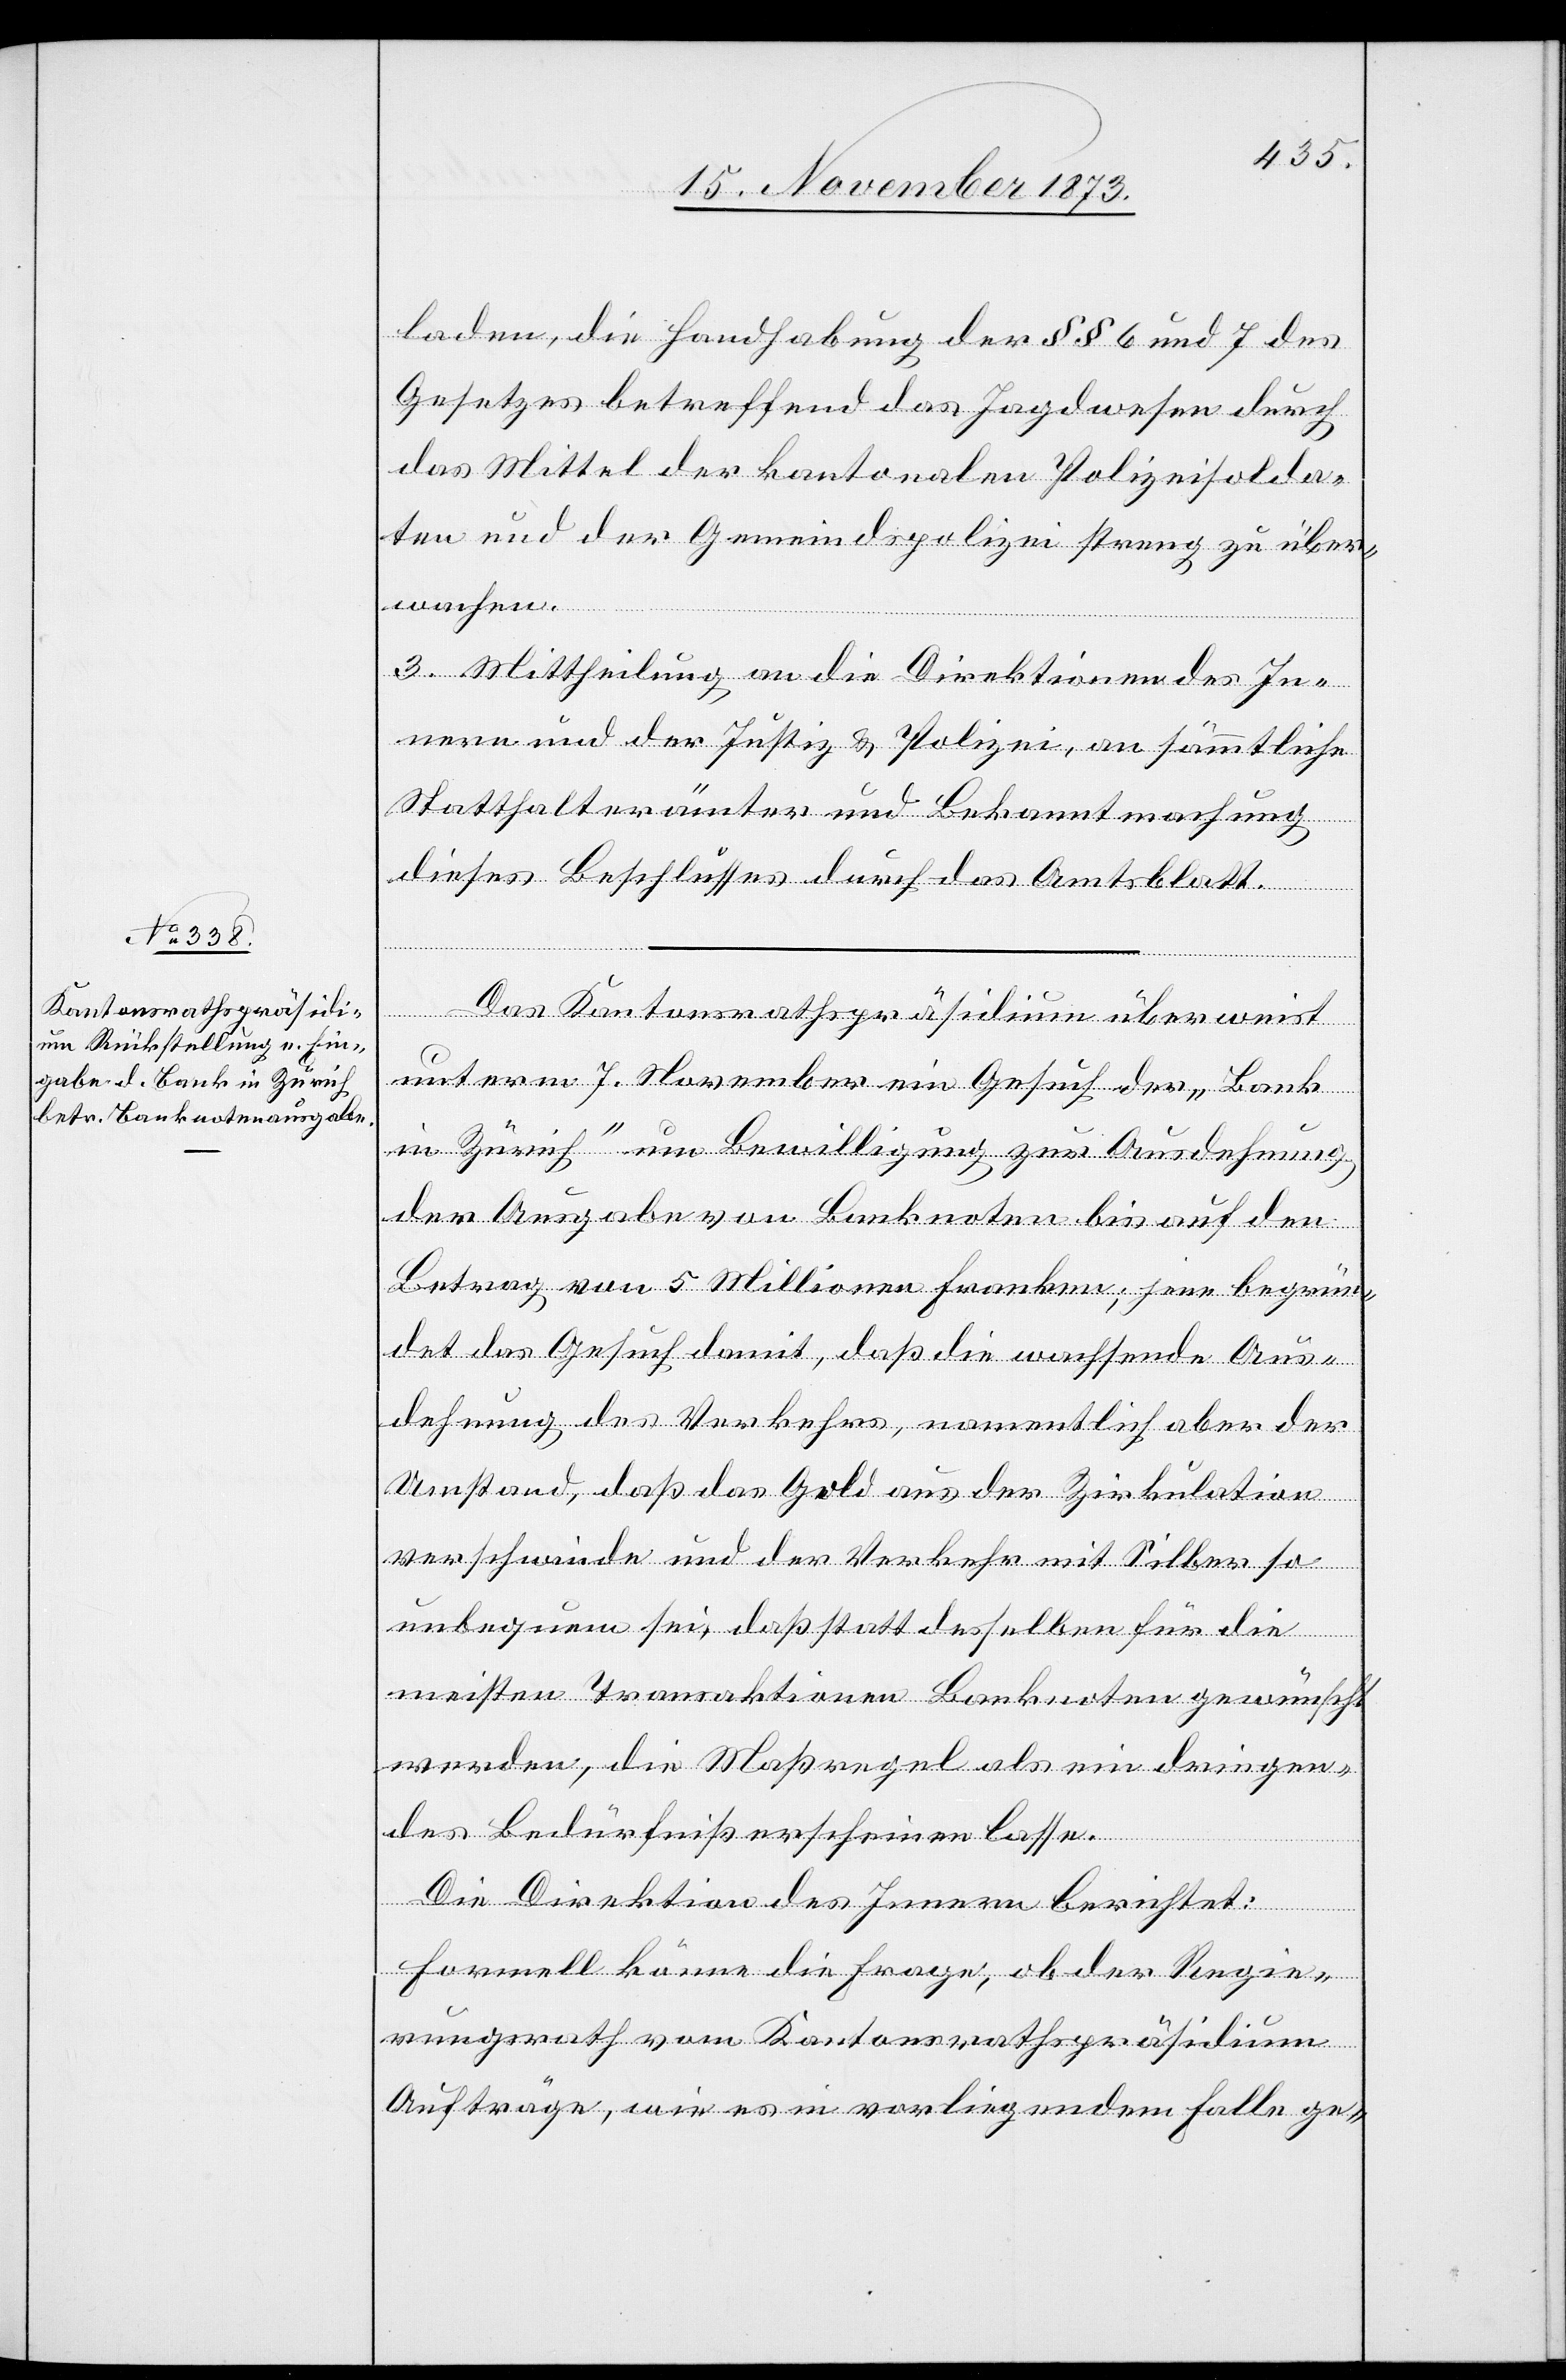
laden, die Handhabung der §§ 6 und 7 des
Gesetzes betreffend das Jagdwesen durch
das Mittel der kantonalen Polizeisolda¬
ten und der Gemeindspolizei streng zu über¬
wachen.
3. Mittheilung an die Direktionen des In¬
nern und der Justiz & Polizei, an sämmtliche
Statthalterämter und Bekanntmachung
dieses Beschlusses durch das Amtsblatt.
Das Kantonsrathspräsidium überweist
unterm 7. November ein Gesuch der „Bank
in Zürich“ um Bewilligung zur Ausdehnung
der Ausgabe von Banknoten bis auf den
Betrag von 5 Millionen Franken; jene begrün¬
det das Gesuch damit, daß die wachsende Aus¬
dehnung des Verkehrs, namentlich aber der
Umstand, daß das Gold aus der Zirkulation
verschwinde und der Verkehr mit Silber so
unbequem sei, daß statt desselben für die
meisten Transaktionen Banknoten gewünscht
werden, die Maßregel als ein dringen¬
des Bedürfniß erscheinen lasse.
Die Direktion des Innern berichtet:
Formell könne die Frage, ob der Regie¬
rungsrath vom Kantonsrathspräsidium
Aufträge, wie es in vorliegendem Falle ge-